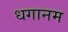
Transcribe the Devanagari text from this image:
धगानम